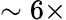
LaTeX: \sim 6\times